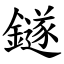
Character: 鐩